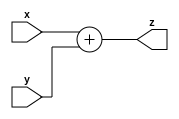
`timescale 1ns/1ps
module Cong(x,y,z);
    input [31:0] x,y;
    output [31:0] z;
    assign z=x+y;
endmodule
/****************************************************************/
module Tru(x,y,z);
    input [31:0] x,y;
    output [31:0] z;
    assign z=x-y;
endmodule
/****************************************************************/
module NOT(x,z);
    input [31:0] x;
    output [31:0] z;
    genvar i;
    generate
    for (i=0;i<32;i=i+1) begin
        assign z[i]=!x[i];
    end
    endgenerate
endmodule
/****************************************************************/
module AND(x,y,z);
    input [31:0] x,y;
    output [31:0] z;
    genvar i;
    generate
    for (i=0;i<32;i=i+1) begin
        assign z[i]=x[i]&&y[i];
    end
    endgenerate 
endmodule
/****************************************************************/
module OR(x,y,z);
    input [31:0] x,y;
    output [31:0] z;
    genvar i;
    generate
    for (i=0;i<32;i=i+1) begin
        assign z[i]=x[i]||y[i];
    end
    endgenerate 
endmodule
/****************************************************************/
module XOR(x,y,z);
    input [31:0] x,y;
    output [31:0] z;
    genvar i;
    generate
    for (i=0;i<32;i=i+1) begin
        assign z[i]=x[i]^y[i];
    end
    endgenerate 
endmodule
/****************************************************************/
module ShiftLeft(x,y,z);
    input [31:0] x,y;
    output [31:0] z;
    assign z=x<<y;
endmodule
/****************************************************************/
module ShiftRight(x,y,z);
    input [31:0] x,y;
    output [31:0] z;
    assign z=x>>y;
endmodule
/****************************************************************/
module Majority(x,z);
    input [31:0] x;
    output z;
    integer count=0;
    reg t;

    genvar i;
    generate
    for (i=0;i<32;i=i+1) begin
        always@(i) begin
            if (x[i]==1) count=count+1;
        end
    end
    endgenerate
    
    initial begin
        #1;
        if (count>16) t=1;
            else t=0;
    end
    assign z=t;
endmodule
/****************************************************************/
module cong_CRA(x,y,z);
    input [7:0] x,y;
    output [8:0] z;
    integer m=0;                    
    
    genvar i;
    generate
    for (i=0;i<8;i=i+1) begin
        always@(i or m) begin
            #1;
            if ((x[i]==1)&&(y[i]==0)&&(m==1)) m=1;     
            else if ((x[i]==0)&&(y[i]==1)&&(m==1)) m=1;     //          1
            else if ((x[i]==1)&&(y[i]==1)&&(m==0)) m=1;     //      +   1
            else if ((x[i]==1)&&(y[i]==1)&&(m==1)) m=1;     //      +   0  
            else m=0;                                       //      = 1 0
        end
        assign z[i]=x[i]+y[i]+m;
    end
    endgenerate
endmodule
/****************************************************************/
module ALU_testbench();
    reg [31:0] test_x, test_y;
    wire [31:0] test_z;
    reg [31:0] golden_out;
    
    Cong duv(.x(test_x),.y(test_y),.z(test_z));
    //Tru duv(.x(test_x),.y(test_y),.z(test_z));
    
    initial begin
        repeat(10) begin
			test_x = $random;
			test_y = $random;
			#1;
		end
    end
    
    always@ (test_x or test_y) begin
        golden_out = test_x+test_y;
        //golden_out = test_x-test_y;
    end
    
    initial begin
        $monitor ("%t:golden_out=%b \n test_z=%b\n",$time,golden_out,test_z);
    end
endmodule